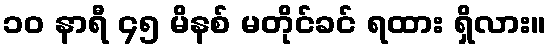
၁၀ နာရီ ၄၅ မိနစ် မတိုင်ခင် ရထား ရှိလား။